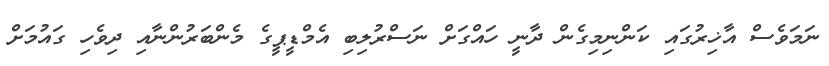
ނަމަވެސް އާޚިރުގައި ކަންނިމިގެން ދާނީ ހައްގަށް ނަސްރުލިބި އެމްޑީޕީގެ މެންބަރުންނާއި ދިވެހި ގައުމަށް